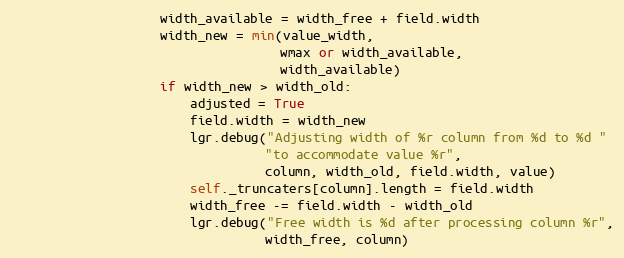
Language: Python
                    width_available = width_free + field.width
                    width_new = min(value_width,
                                    wmax or width_available,
                                    width_available)
                    if width_new > width_old:
                        adjusted = True
                        field.width = width_new
                        lgr.debug("Adjusting width of %r column from %d to %d "
                                  "to accommodate value %r",
                                  column, width_old, field.width, value)
                        self._truncaters[column].length = field.width
                        width_free -= field.width - width_old
                        lgr.debug("Free width is %d after processing column %r",
                                  width_free, column)